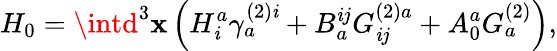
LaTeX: H_{0}=\intd^{3}\mathbf{x}\left(H_{\mathit{i}}^{a}\gamma_{a}^{(2)\mathit{i}}+B_{a}^{\mathit{i}j}G_{\mathit{i}j}^{(2)a}+A_{0}^{a}G_{a}^{(2)}\right),